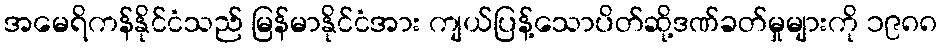
အမေရိကန်နိုင်ငံသည် မြန်မာနိုင်ငံအား ကျယ်ပြန့်သောပိတ်ဆို့ဒဏ်ခတ်မှုများကို ၁၉၈၈